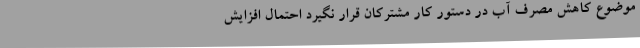
موضوع کاهش مصرف آب در دستور کار مشترکان قرار نگیرد احتمال افزایش